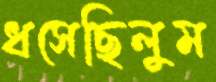
ধসেছিলুম